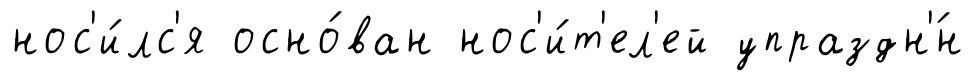
нос'и́лс'я осно́ван нос'и́т'ел'ей упраздн'́н